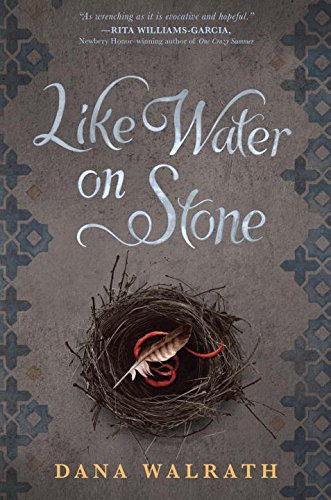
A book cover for Like Water on Stone; Dana Walrath; Teen & Young Adult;